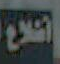
التلاع